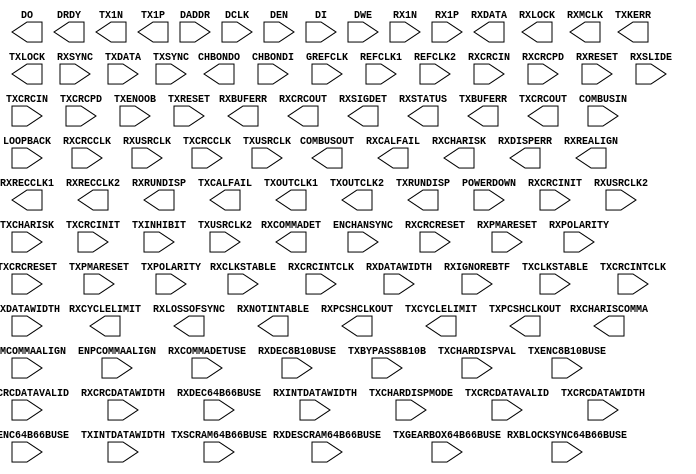
// $Header: /devl/xcs/repo/env/Databases/CAEInterfaces/verplex_libs/data/simprims/Attic/X_GT11.v,v 1.1.2.2 2004/12/02 01:44:24 wloo Exp $
//**************************************************************
//  Copyright (c) 2002 Xilinx Inc.  All Rights Reserved
//  Module Name  : X_GT11
//  Site         : GT11
//  Spec Version : 4.3
//  Generated by : write_verilog
//**************************************************************

`timescale 1 ps / 1 ps 

module X_GT11 (
	CHBONDO,
	COMBUSOUT,
	DO,
	DRDY,
	RXBUFERR,
	RXCALFAIL,
	RXCHARISCOMMA,
	RXCHARISK,
	RXCOMMADET,
	RXCRCOUT,
	RXCYCLELIMIT,
	RXDATA,
	RXDISPERR,
	RXLOCK,
	RXLOSSOFSYNC,
	RXMCLK,
	RXNOTINTABLE,
	RXPCSHCLKOUT,
	RXREALIGN,
	RXRECCLK1,
	RXRECCLK2,
	RXRUNDISP,
	RXSIGDET,
	RXSTATUS,
	TX1N,
	TX1P,
	TXBUFERR,
	TXCALFAIL,
	TXCRCOUT,
	TXCYCLELIMIT,
	TXKERR,
	TXLOCK,
	TXOUTCLK1,
	TXOUTCLK2,
	TXPCSHCLKOUT,
	TXRUNDISP,
	CHBONDI,
	COMBUSIN,
	DADDR,
	DCLK,
	DEN,
	DI,
	DWE,
	ENCHANSYNC,
	ENMCOMMAALIGN,
	ENPCOMMAALIGN,
	GREFCLK,
	LOOPBACK,
	POWERDOWN,
	REFCLK1,
	REFCLK2,
	RX1N,
	RX1P,
	RXBLOCKSYNC64B66BUSE,
	RXCLKSTABLE,
	RXCOMMADETUSE,
	RXCRCCLK,
	RXCRCDATAVALID,
	RXCRCDATAWIDTH,
	RXCRCIN,
	RXCRCINIT,
	RXCRCINTCLK,
	RXCRCPD,
	RXCRCRESET,
	RXDATAWIDTH,
	RXDEC64B66BUSE,
	RXDEC8B10BUSE,
	RXDESCRAM64B66BUSE,
	RXIGNOREBTF,
	RXINTDATAWIDTH,
	RXPMARESET,
	RXPOLARITY,
	RXRESET,
	RXSLIDE,
	RXSYNC,
	RXUSRCLK,
	RXUSRCLK2,
	TXBYPASS8B10B,
	TXCHARDISPMODE,
	TXCHARDISPVAL,
	TXCHARISK,
	TXCLKSTABLE,
	TXCRCCLK,
	TXCRCDATAVALID,
	TXCRCDATAWIDTH,
	TXCRCIN,
	TXCRCINIT,
	TXCRCINTCLK,
	TXCRCPD,
	TXCRCRESET,
	TXDATA,
	TXDATAWIDTH,
	TXENC64B66BUSE,
	TXENC8B10BUSE,
	TXENOOB,
	TXGEARBOX64B66BUSE,
	TXINHIBIT,
	TXINTDATAWIDTH,
	TXPMARESET,
	TXPOLARITY,
	TXRESET,
	TXSCRAM64B66BUSE,
	TXSYNC,
	TXUSRCLK,
	TXUSRCLK2
);

parameter ALIGN_COMMA_WORD = 1;
parameter BANDGAPSEL = "FALSE";
parameter BIASRESSEL = "TRUE";
parameter CCCB_ARBITRATOR_DISABLE = "FALSE";
parameter CHAN_BOND_LIMIT = 16;
parameter CHAN_BOND_MODE = "NONE";
parameter CHAN_BOND_ONE_SHOT = "FALSE";
parameter CHAN_BOND_SEQ_1_1 = 11'b00000000000;
parameter CHAN_BOND_SEQ_1_2 = 11'b00000000000;
parameter CHAN_BOND_SEQ_1_3 = 11'b00000000000;
parameter CHAN_BOND_SEQ_1_4 = 11'b00000000000;
parameter CHAN_BOND_SEQ_1_MASK = 4'b0000;
parameter CHAN_BOND_SEQ_2_1 = 11'b00000000000;
parameter CHAN_BOND_SEQ_2_2 = 11'b00000000000;
parameter CHAN_BOND_SEQ_2_3 = 11'b00000000000;
parameter CHAN_BOND_SEQ_2_4 = 11'b00000000000;
parameter CHAN_BOND_SEQ_2_MASK = 4'b0000;
parameter CHAN_BOND_SEQ_2_USE = "FALSE";
parameter CHAN_BOND_SEQ_LEN = 1;
parameter CLK_CORRECT_USE = "TRUE";
parameter CLK_COR_8B10B_DE = "FALSE";
parameter CLK_COR_MAX_LAT = 36;
parameter CLK_COR_MIN_LAT = 28;
parameter CLK_COR_SEQ_1_1 = 11'b00000000000;
parameter CLK_COR_SEQ_1_2 = 11'b00000000000;
parameter CLK_COR_SEQ_1_3 = 11'b00000000000;
parameter CLK_COR_SEQ_1_4 = 11'b00000000000;
parameter CLK_COR_SEQ_1_MASK = 4'b0000;
parameter CLK_COR_SEQ_2_1 = 11'b00000000000;
parameter CLK_COR_SEQ_2_2 = 11'b00000000000;
parameter CLK_COR_SEQ_2_3 = 11'b00000000000;
parameter CLK_COR_SEQ_2_4 = 11'b00000000000;
parameter CLK_COR_SEQ_2_MASK = 4'b0000;
parameter CLK_COR_SEQ_2_USE = "FALSE";
parameter CLK_COR_SEQ_DROP = "FALSE";
parameter CLK_COR_SEQ_LEN = 1;
parameter COMMA32 = "FALSE";
parameter COMMA_10B_MASK = 10'h3FF;
parameter CYCLE_LIMIT_SEL = 2'b00;
parameter DCDR_FILTER = 3'b010;
parameter DEC_MCOMMA_DETECT = "TRUE";
parameter DEC_PCOMMA_DETECT = "TRUE";
parameter DEC_VALID_COMMA_ONLY = "TRUE";
parameter DIGRX_FWDCLK = 2'b00;
parameter DIGRX_SYNC_MODE = "FALSE";
parameter ENABLE_DCDR = "FALSE";
parameter FDET_HYS_CAL = 3'b110;
parameter FDET_HYS_SEL = 3'b110;
parameter FDET_LCK_CAL = 3'b101;
parameter FDET_LCK_SEL = 3'b101;
parameter GT11_MODE = "DONT_CARE";
parameter IREFBIASMODE = 2'b11;
parameter LOOPCAL_WAIT = 2'b00;
parameter MCOMMA_32B_VALUE = 32'h000000F6;
parameter MCOMMA_DETECT = "TRUE";
parameter OPPOSITE_SELECT = "FALSE";
parameter PCOMMA_32B_VALUE = 32'hF6F62828;
parameter PCOMMA_DETECT = "TRUE";
parameter PCS_BIT_SLIP = "FALSE";
parameter PMACLKENABLE = "TRUE";
parameter PMACOREPWRENABLE = "TRUE";
parameter PMAIREFTRIM = 4'b0111;
parameter PMAVBGCTRL = 5'b00000;
parameter PMAVREFTRIM = 4'b0111;
parameter PMA_BIT_SLIP = "FALSE";
parameter POWER_ENABLE = "TRUE";
parameter REPEATER = "FALSE";
parameter RXACTST = "FALSE";
parameter RXAFEEQ = 9'b000000000;
parameter RXAFEPD = "FALSE";
parameter RXAFETST = "FALSE";
parameter RXAPD = "FALSE";
parameter RXASYNCDIVIDE = 2'b11;
parameter RXBY_32 = "TRUE";
parameter RXCDRLOS = 6'b000000;
parameter RXCLK0_FORCE_PMACLK = "FALSE";
parameter RXCLKMODE = 6'b110001;
parameter RXCMADJ = 2'b10;
parameter RXCPSEL = "TRUE";
parameter RXCPTST = "FALSE";
parameter RXCRCCLOCKDOUBLE = "FALSE";
parameter RXCRCENABLE = "FALSE";
parameter RXCRCINITVAL = 32'h00000000;
parameter RXCRCINVERTGEN = "FALSE";
parameter RXCRCSAMECLOCK = "FALSE";
parameter RXCTRL1 = 10'h200;
parameter RXCYCLE_LIMIT_SEL = 2'b00;
parameter RXDATA_SEL = 2'b00;
parameter RXDCCOUPLE = "FALSE";
parameter RXDIGRESET = "FALSE";
parameter RXDIGRX = "FALSE";
parameter RXEQ = 64'h4000000000000000;
parameter RXFDCAL_CLOCK_DIVIDE = "NONE";
parameter RXFDET_HYS_CAL = 3'b110;
parameter RXFDET_HYS_SEL = 3'b110;
parameter RXFDET_LCK_CAL = 3'b101;
parameter RXFDET_LCK_SEL = 3'b101;
parameter RXFECONTROL1 = 2'b00;
parameter RXFECONTROL2 = 3'b000;
parameter RXFETUNE = 2'b01;
parameter RXLB = "FALSE";
parameter RXLKADJ = 5'b00000;
parameter RXLKAPD = "FALSE";
parameter RXLOOPCAL_WAIT = 2'b00;
parameter RXLOOPFILT = 4'b0111;
parameter RXOUTDIV2SEL = 1;
parameter RXPD = "FALSE";
parameter RXPDDTST = "FALSE";
parameter RXPLLNDIVSEL = 8;
parameter RXPMACLKSEL = "REFCLK1";
parameter RXRCPADJ = 3'b011;
parameter RXRCPPD = "FALSE";
parameter RXRECCLK1_USE_SYNC = "FALSE";
parameter RXRIBADJ = 2'b11;
parameter RXRPDPD = "FALSE";
parameter RXRSDPD = "FALSE";
parameter RXSLOWDOWN_CAL = 2'b00;
parameter RXUSRDIVISOR = 1;
parameter RXVCODAC_INIT = 10'b1010000000;
parameter RXVCO_CTRL_ENABLE = "TRUE";
parameter RX_BUFFER_USE = "TRUE";
parameter RX_CLOCK_DIVIDER = 2'b00;
parameter RX_LOS_INVALID_INCR = 1;
parameter RX_LOS_THRESHOLD = 4;
parameter SAMPLE_8X = "FALSE";
parameter SH_CNT_MAX = 64;
parameter SH_INVALID_CNT_MAX = 16;
parameter SLOWDOWN_CAL = 2'b00;
parameter TXABPMACLKSEL = "REFCLK1";
parameter TXAPD = "FALSE";
parameter TXAREFBIASSEL = "FALSE";
parameter TXASYNCDIVIDE = 2'b11;
parameter TXCLK0_FORCE_PMACLK = "FALSE";
parameter TXCLKMODE = 4'b1001;
parameter TXCPSEL = "TRUE";
parameter TXCRCCLOCKDOUBLE = "FALSE";
parameter TXCRCENABLE = "FALSE";
parameter TXCRCINITVAL = 32'h00000000;
parameter TXCRCINVERTGEN = "FALSE";
parameter TXCRCSAMECLOCK = "FALSE";
parameter TXCTRL1 = 10'h200;
parameter TXDATA_SEL = 2'b00;
parameter TXDAT_PRDRV_DAC = 3'b111;
parameter TXDAT_TAP_DAC = 5'b10110;
parameter TXDIGPD = "FALSE";
parameter TXFDCAL_CLOCK_DIVIDE = "NONE";
parameter TXHIGHSIGNALEN = "TRUE";
parameter TXLOOPFILT = 4'b0111;
parameter TXLVLSHFTPD = "FALSE";
parameter TXOUTCLK1_USE_SYNC = "FALSE";
parameter TXOUTDIV2SEL = 1;
parameter TXPD = "FALSE";
parameter TXPHASESEL = "FALSE";
parameter TXPLLNDIVSEL = 8;
parameter TXPOST_PRDRV_DAC = 3'b111;
parameter TXPOST_TAP_DAC = 5'b01110;
parameter TXPOST_TAP_PD = "TRUE";
parameter TXPRE_PRDRV_DAC = 3'b111;
parameter TXPRE_TAP_DAC = 5'b00000;
parameter TXPRE_TAP_PD = "TRUE";
parameter TXSLEWRATE = "FALSE";
parameter TXTERMTRIM = 4'b1100;
parameter TX_BUFFER_USE = "TRUE";
parameter TX_CLOCK_DIVIDER = 2'b00;
parameter VCODAC_INIT = 10'b1010000000;
parameter VCO_CTRL_ENABLE = "TRUE";
parameter VREFBIASMODE = 2'b11;

output DRDY;
output RXBUFERR;
output RXCALFAIL;
output RXCOMMADET;
output RXCYCLELIMIT;
output RXLOCK;
output RXMCLK;
output RXPCSHCLKOUT;
output RXREALIGN;
output RXRECCLK1;
output RXRECCLK2;
output RXSIGDET;
output TX1N;
output TX1P;
output TXBUFERR;
output TXCALFAIL;
output TXCYCLELIMIT;
output TXLOCK;
output TXOUTCLK1;
output TXOUTCLK2;
output TXPCSHCLKOUT;
output [15:0] COMBUSOUT;
output [15:0] DO;
output [1:0] RXLOSSOFSYNC;
output [31:0] RXCRCOUT;
output [31:0] TXCRCOUT;
output [4:0] CHBONDO;
output [5:0] RXSTATUS;
output [63:0] RXDATA;
output [7:0] RXCHARISCOMMA;
output [7:0] RXCHARISK;
output [7:0] RXDISPERR;
output [7:0] RXNOTINTABLE;
output [7:0] RXRUNDISP;
output [7:0] TXKERR;
output [7:0] TXRUNDISP;

input DCLK;
input DEN;
input DWE;
input ENCHANSYNC;
input ENMCOMMAALIGN;
input ENPCOMMAALIGN;
input GREFCLK;
input POWERDOWN;
input REFCLK1;
input REFCLK2;
input RX1N;
input RX1P;
input RXBLOCKSYNC64B66BUSE;
input RXCLKSTABLE;
input RXCOMMADETUSE;
input RXCRCCLK;
input RXCRCDATAVALID;
input RXCRCINIT;
input RXCRCINTCLK;
input RXCRCPD;
input RXCRCRESET;
input RXDEC64B66BUSE;
input RXDEC8B10BUSE;
input RXDESCRAM64B66BUSE;
input RXIGNOREBTF;
input RXPMARESET;
input RXPOLARITY;
input RXRESET;
input RXSLIDE;
input RXSYNC;
input RXUSRCLK2;
input RXUSRCLK;
input TXCLKSTABLE;
input TXCRCCLK;
input TXCRCDATAVALID;
input TXCRCINIT;
input TXCRCINTCLK;
input TXCRCPD;
input TXCRCRESET;
input TXENC64B66BUSE;
input TXENC8B10BUSE;
input TXENOOB;
input TXGEARBOX64B66BUSE;
input TXINHIBIT;
input TXPMARESET;
input TXPOLARITY;
input TXRESET;
input TXSCRAM64B66BUSE;
input TXSYNC;
input TXUSRCLK2;
input TXUSRCLK;
input [15:0] COMBUSIN;
input [15:0] DI;
input [1:0] LOOPBACK;
input [1:0] RXDATAWIDTH;
input [1:0] RXINTDATAWIDTH;
input [1:0] TXDATAWIDTH;
input [1:0] TXINTDATAWIDTH;
input [2:0] RXCRCDATAWIDTH;
input [2:0] TXCRCDATAWIDTH;
input [4:0] CHBONDI;
input [63:0] RXCRCIN;
input [63:0] TXCRCIN;
input [63:0] TXDATA;
input [7:0] DADDR;
input [7:0] TXBYPASS8B10B;
input [7:0] TXCHARDISPMODE;
input [7:0] TXCHARDISPVAL;
input [7:0] TXCHARISK;

endmodule